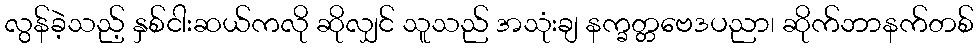
လွန်ခဲ့သည့် နှစ်ငါးဆယ်ကလို ဆိုလျှင် သူသည် အသုံးချ နက္ခတ္တဗေဒပညာ၊ ဆိုက်ဘာနက်တစ်